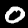
Label: 0